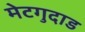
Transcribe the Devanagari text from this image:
मेटगुदाड